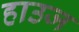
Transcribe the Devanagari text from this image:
हाउज